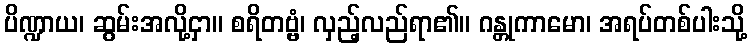
ပိဏ္ဍာယ၊ ဆွမ်းအလို့ငှာ။ စရိတဗ္ဗံ၊ လှည့်လည်ရာ၏။ ဂန္တုကာမော၊ အရပ်တစ်ပါးသို့